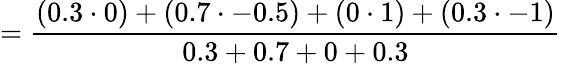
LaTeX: ={\frac{(0.3\cdot 0)+(0.7\cdot-0.5)+(0\cdot 1)+(0.3\cdot-1)}{0.3+0.7+0+0.3}}